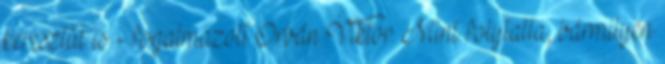
keresztül is - fogalmazott Orbán Viktor. Mint folytatta, bármilyen